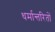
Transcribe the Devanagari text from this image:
धर्मान्तरितों